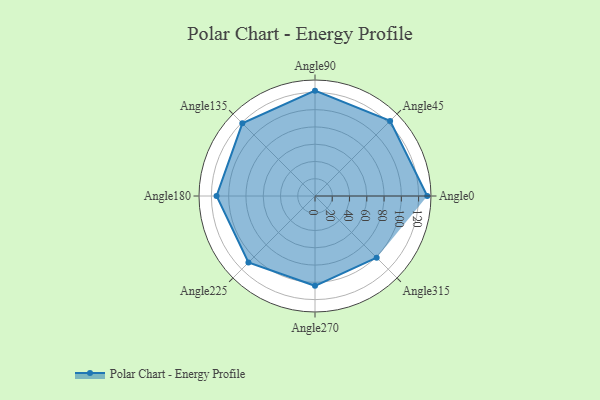
{"axis": {"x": "Angle", "y": "Radius"}, "legend": [""], "data": [{"x": "Angle0", "y": 130.0, "type": ""}, {"x": "Angle45", "y": 123.0, "type": ""}, {"x": "Angle90", "y": 122.0, "type": ""}, {"x": "Angle135", "y": 119.0, "type": ""}, {"x": "Angle180", "y": 114.0, "type": ""}, {"x": "Angle225", "y": 109.0, "type": ""}, {"x": "Angle270", "y": 104.0, "type": ""}, {"x": "Angle315", "y": 101.0, "type": ""}]}